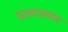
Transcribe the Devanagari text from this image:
हृदयजलन